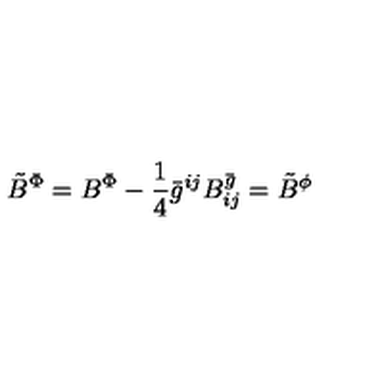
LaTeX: { \tilde { B } } ^ { \Phi } = { B } ^ { \Phi } - \frac { 1 } { 4 } { \bar { g } } ^ { i j } B _ { i j } ^ { \bar { g } } = { \tilde { B } } ^ { \phi }